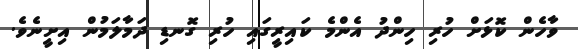
ވާހެން ކޮޅަށް ހުރި ހިންދު އެންމެ ކައިރީގައި ހުރި ގޮނޑި ދަމާލަމުން އިށީނެވެ.